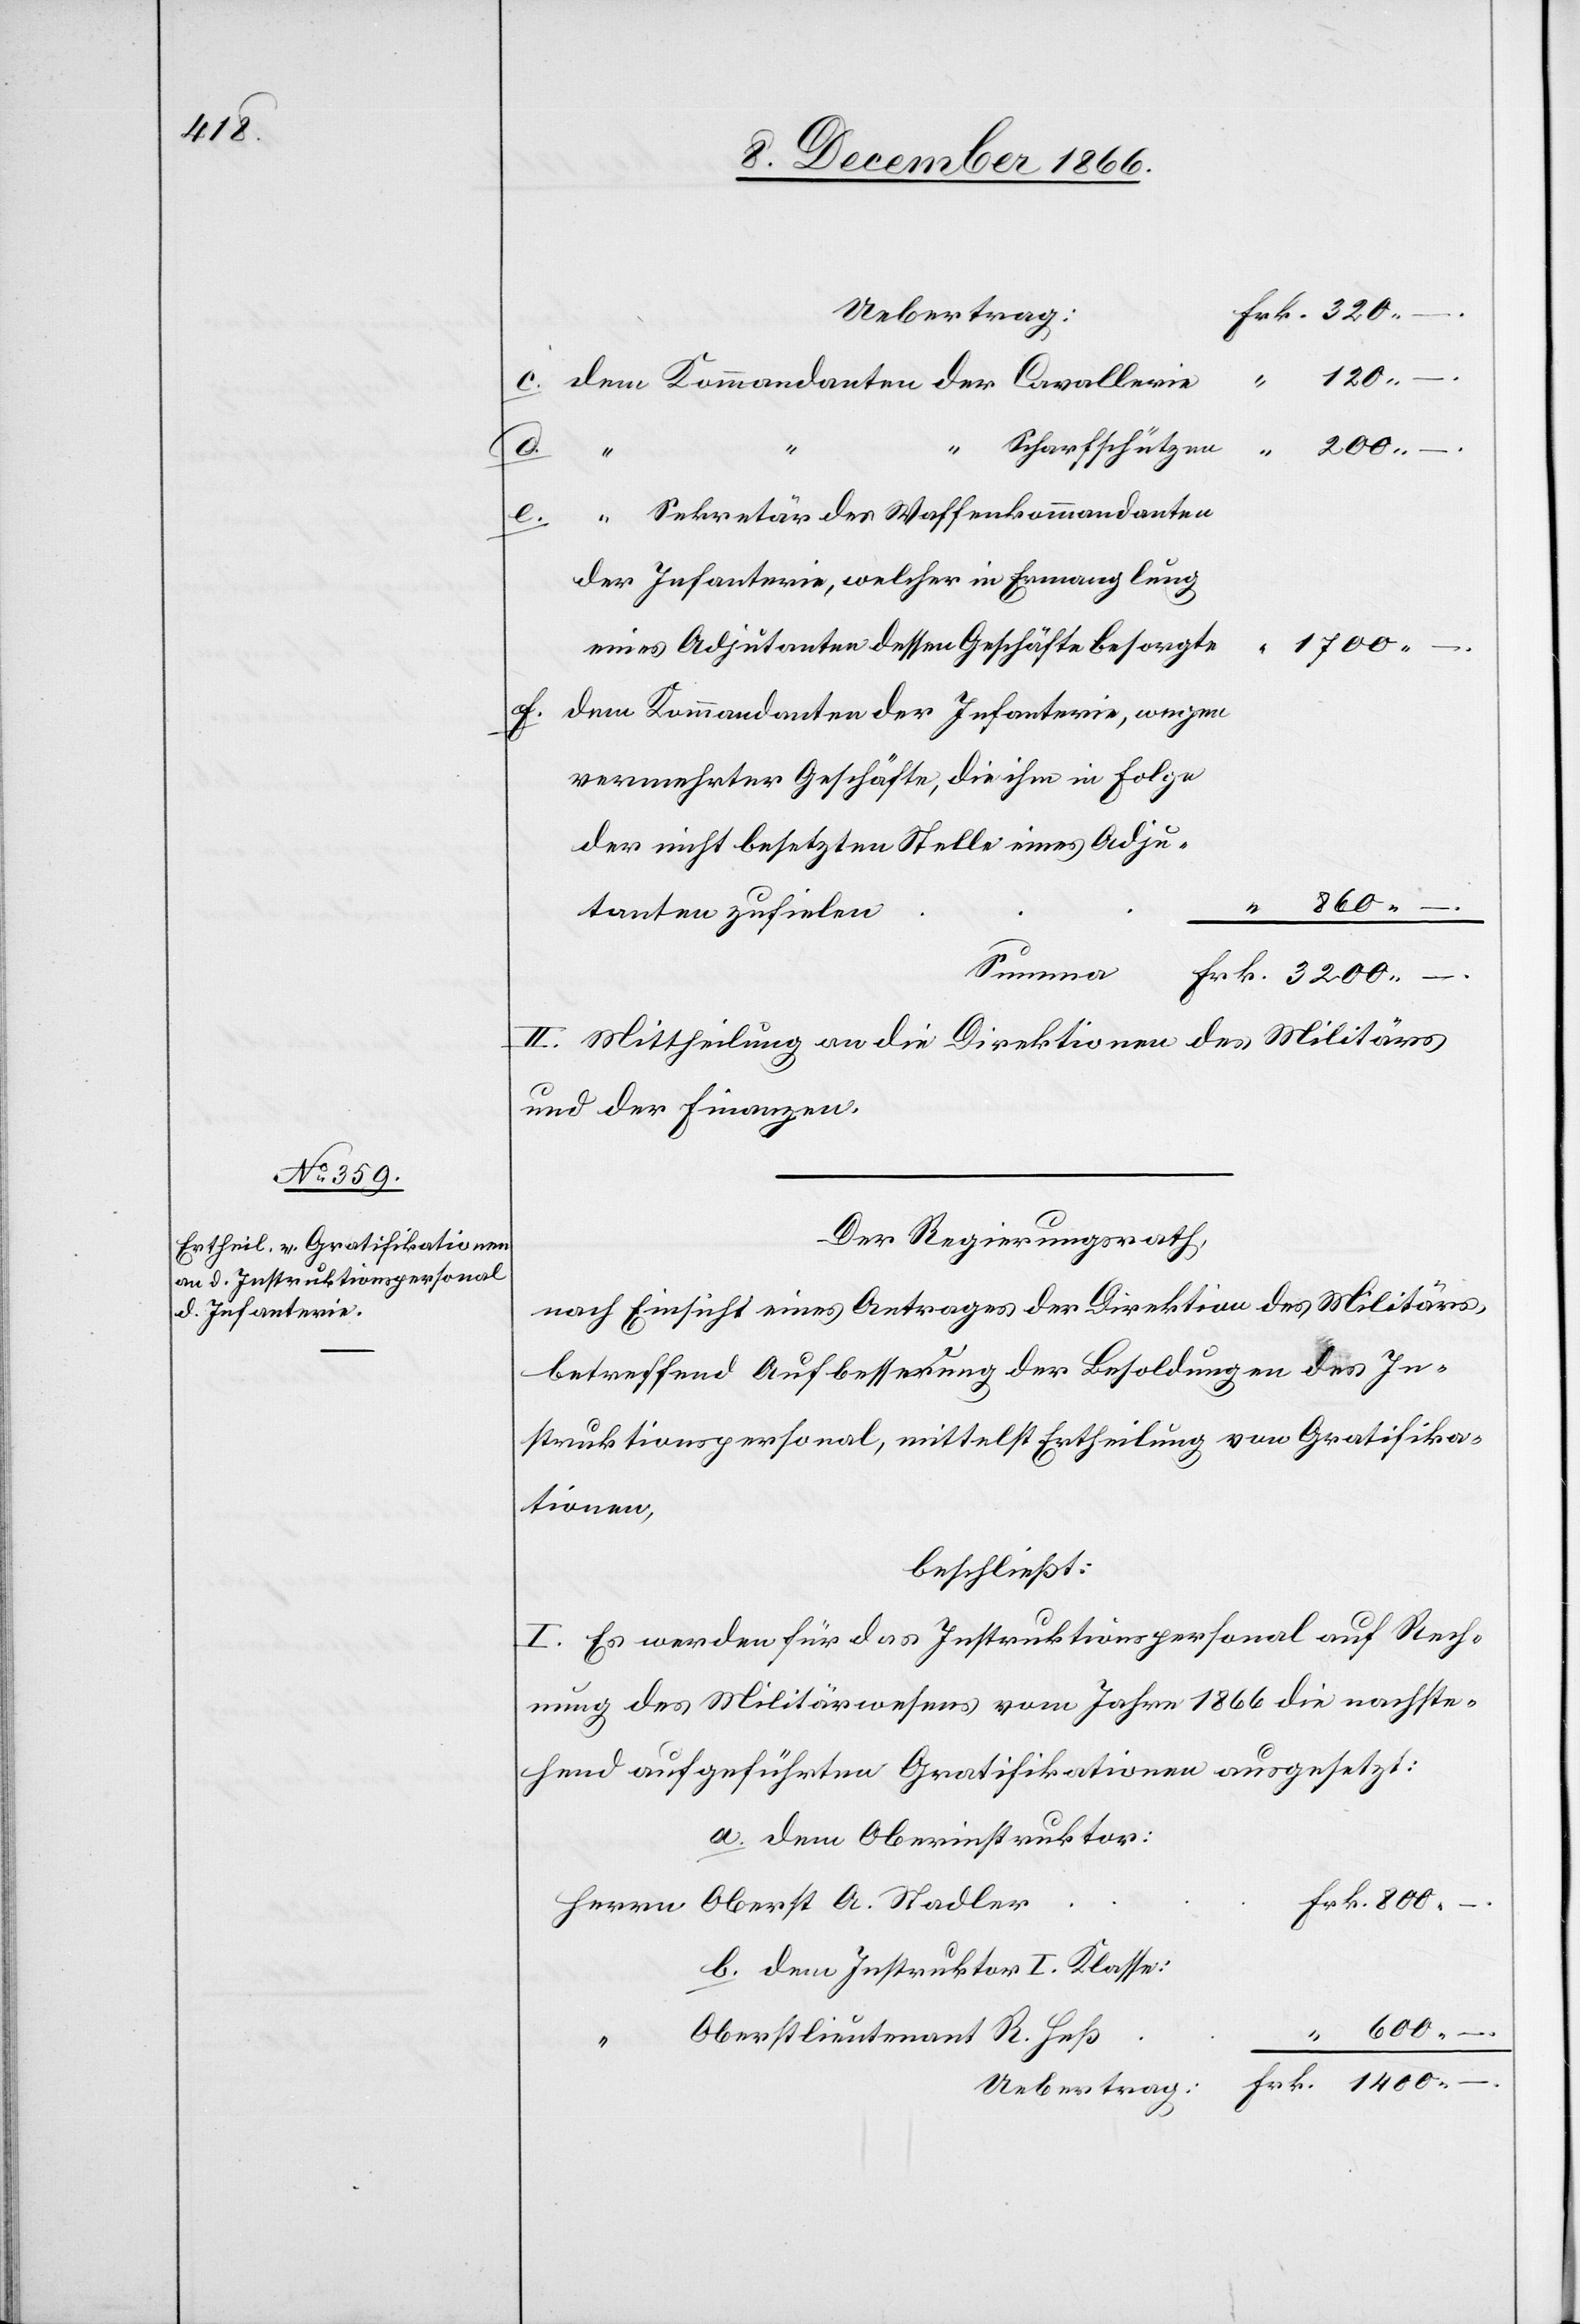
–.
“ Scharfschützen
800.
1400.
“ Sekretär des Waffenkommandanten
der Infanterie, welcher in Ermanglung
dem
eines Adjutanten dessen Geschäfte besorgte
dem Kommandanten der Infanterie, wegen
vermehrter Geschäfte, die ihm in Folge
der nicht besetzten Stelle eines Adju¬
tanten zufielen
Summe
II. Mittheilung an die Direktionen des Militärs
und der Finanzen.
Der Regierungsrath,
nach Einsicht eines Antrages der Direktion des Militärs,
betreffend Aufbesserung der Besoldungen des In¬
struktionspersonal, mittelst Ertheilung von Gratifika¬
tionen,
beschließt:
I. Es werden für das Instruktionspersonal auf Rech¬
nung des Militärwesens vom Jahre 1866 die nachste¬
hend aufgeführten Gratifikationen ausgesetzt:
a. dem Oberinstruktor:
b. dem Instruktor I. Klasse:
Oberstlieutenant R. Heß
Stadler
“
Uebertrag: